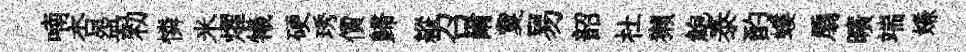
喃杏盌勑憐米燿犧硬琇價歸縱召爾夐易韶杜獺鮑泰酌螻扇曠端嫌